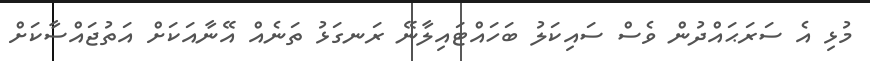
މުޅި އެ ސަރަޙައްދުން ވެސް ސައިކަލު ބަހައްޓައިލާނޭ ރަނގަޅު ތަނެއް އޭނާއަކަށް އަތުޖައްސާކަށް